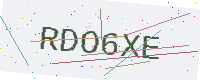
Text: RDO6XE